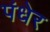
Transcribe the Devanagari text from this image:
पंधेर